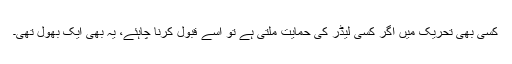
کسی بھی تحریک میں اگر کسی لیڈر کی حمایت ملتی ہے تو اسے قبول کرنا چاہئے، یہ بھی ایک بھول تھی۔